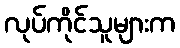
လုပ်ကိုင်သူများက